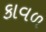
કાવળ